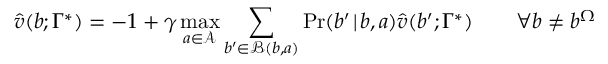
\hat { v } ( b ; \Gamma ^ { * } ) = - 1 + \gamma \operatorname* { m a x } _ { a \in \mathcal { A } } \sum _ { b ^ { \prime } \in \mathcal { B } ( b , a ) } \operatorname* { P r } ( b ^ { \prime } \! \mid \! b , a ) \hat { v } ( b ^ { \prime } ; \Gamma ^ { * } ) \qquad \forall b \neq b ^ { \Omega }